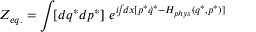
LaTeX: { \cal Z } _ { e q . } = \int \! [ d q ^ { * } d p ^ { * } ] ~ e ^ { i \! \! \int \! \! d x [ p ^ { * } \dot { q } ^ { * } - H _ { p h y s } ( q ^ { * } , p ^ { * } ) ] }